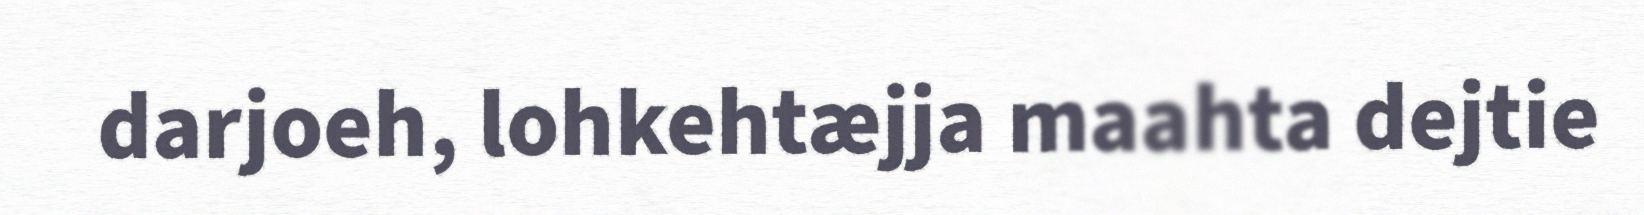
darjoeh, lohkehtæjja maahta dejtie